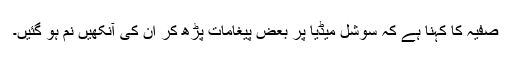
صفیہ کا کہنا ہے کہ سوشل میڈیا پر بعض پیغامات پڑھ کر ان کی آنکھیں نم ہو گئیں۔